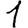
Digit: 1